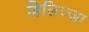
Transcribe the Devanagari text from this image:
हिलिज्ज़ा